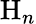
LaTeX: \mathrm{H}_{n}